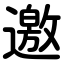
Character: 邀